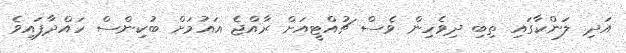
އަދި ލަންކާގައި ތިބި ދިވެހިން ވެސް ޗުއްޓީއަށް ރާއްޖެ އައުމަށް ބުކިންސް ހައްދާފައިވެ